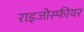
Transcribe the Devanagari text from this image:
राइजोस्फीयर